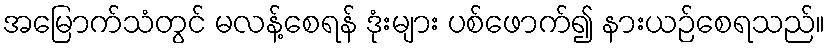
အမြောက်သံတွင် မလန့်စေရန် ဒုံးများ ပစ်ဖောက်၍ နားယဉ်စေရသည်။